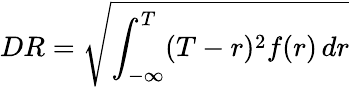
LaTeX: DR={\sqrt{\int_{-\infty}^{T}(T-r)^{2}f(r)\, dr}}